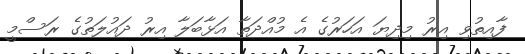
ފާއިތުވި އިރު މިދިޔަ އަހަރުގެ އެ މުއްދަތާ އަޅާބަލާ އިރު ދައުލަތުގެ ރަސްމީ